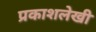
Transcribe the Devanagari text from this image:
प्रकाशलेखी